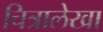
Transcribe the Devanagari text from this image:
चित्रालेखा